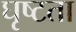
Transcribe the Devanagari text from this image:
घृष्टता